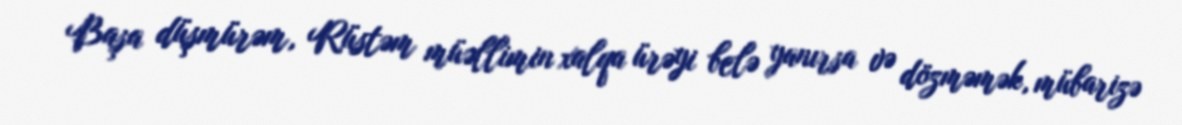
Başa düşmürəm, Rüstəm müəllimin xalqa ürəyi belə yanırsa və dözməmək, mübarizə